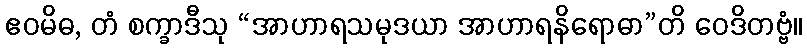
ဧဝမိဓ, တံ စက္ခာဒီသု “အာဟာရသမုဒယာ အာဟာရနိရောဓာ”တိ ဝေဒိတဗ္ဗံ။